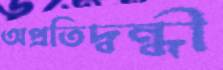
অপ্রতিদ্বন্ধী